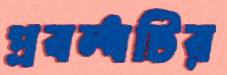
প্রবন্ধটির